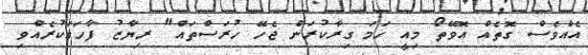
އެއްވެސް ގޮތެއް އޮވޭތޯ މިއީ ހަމަ ގިރާކުރަން ޖެހޭ ހުރަސްތައް" ރިޔާޒު ފާހަގަކުރެއްވި